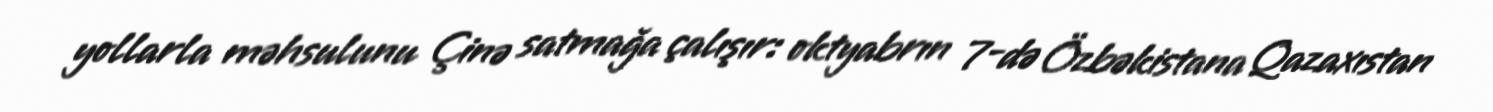
yollarla məhsulunu Çinə satmağa çalışır: oktyabrın 7-də Özbəkistana Qazaxıstan